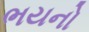
ભયનો